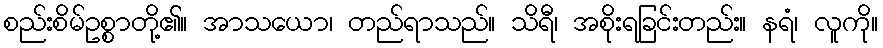
စည်းစိမ်ဥစ္စာတို့၏။ အာသယော၊ တည်ရာသည်။ သိရီ၊ အစိုးရခြင်းတည်း။ နရံ၊ လူကို။